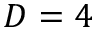
D = 4